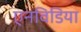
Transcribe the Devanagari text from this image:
एनविडिया